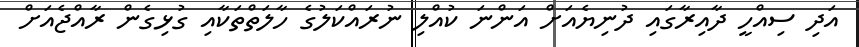
އަދި ސިއްހީ ދާއިރާގައި ދުނިޔެއަށް އަންނަ ކުއްލި ނުރައްކަލުގެ ހާލަތްތަކާއި ގުޅިގެން ރާއްޖެއަށް